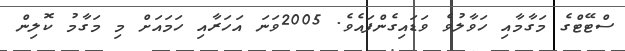
ސްޓޭޓްގެ މަގާމާއި ހަވާލުވެ ވަޑައިގެންފައެވެ. 2005ވަނަ އަހަރާއި ހަމައަށް މި މަގާމު ކޮލިން